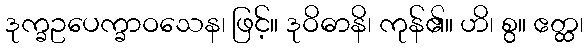
ဒုက္ခဥပေက္ခာဝသေန၊ ဖြင့်။ ဒုဝိဓာနိ၊ ကုန်၏။ ဟိ၊ စွ။ ဧတ္ထ၊